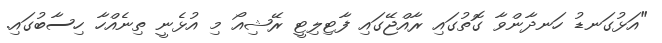
"އަޅުގަނޑު ހަނދާންވާ ގޮތުގައި ރާއްޖޭގައި ފާޓިލިޓީ ރޭޝިއޯ މި އުޅެނީ ތިނެއްހާ ހިސާބުގައި.